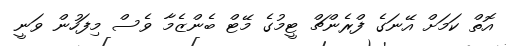
އޮތް ކަމަށް އޭނަގެ ފްރެންޗް ޓީމުގެ މޭޓް ބެންޒެމާ ވެސް މިފަހުން ވަނީ